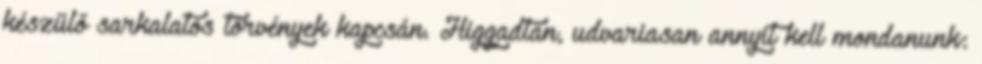
készülő sarkalatos törvények kapcsán. Higgadtan, udvariasan annyit kell mondanunk: